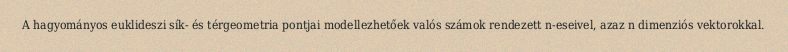
A hagyományos euklideszi sík- és térgeometria pontjai modellezhetőek valós számok rendezett n-eseivel, azaz n dimenziós vektorokkal.